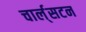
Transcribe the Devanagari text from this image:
चार्ल्‌सटन